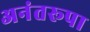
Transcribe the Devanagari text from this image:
अनंतरूपा